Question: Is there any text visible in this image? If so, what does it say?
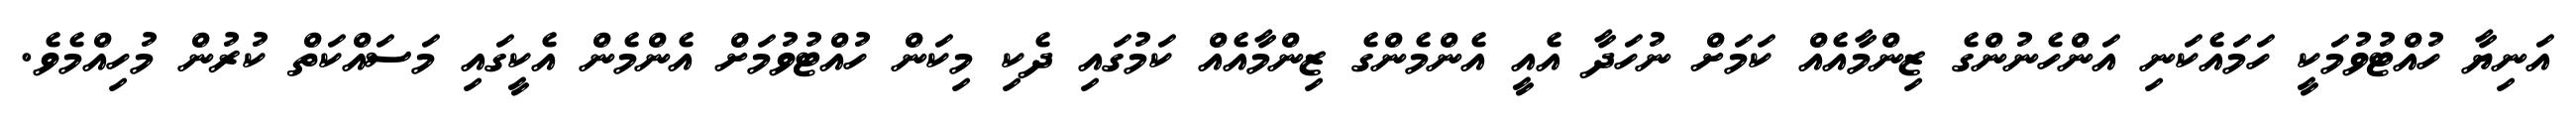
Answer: އަނިޔާ ހުއްޓުވުމަކީ ހަމައެކަނި އަންހެނުންގެ ޒިންމާއެއް ކަމަށް ނުހަދާ އެއީ އެންމެންގެ ޒިންމާއެއް ކަމުގައި ދެކި މިކަން ހުއްޓުވުމަށް އެންމެން އެކީގައި މަސައްކަތް ކުރުން މުހިއްމެވެ.